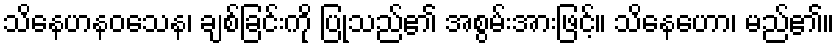
သိနေဟနဝသေန၊ ချစ်ခြင်းကို ပြုသည်၏ အစွမ်းအားဖြင့်။ သိနေဟော၊ မည်၏။